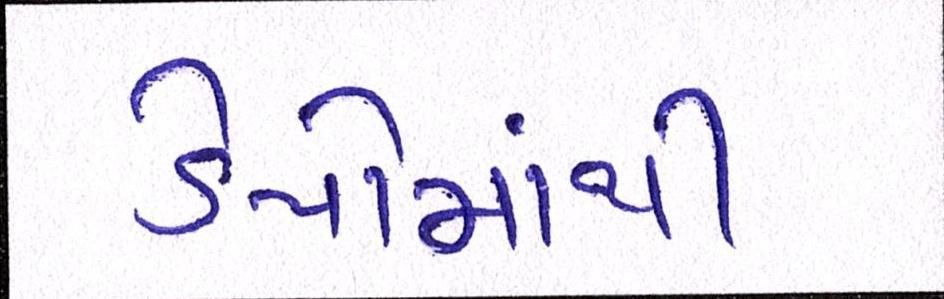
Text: ડેપોમાંથી